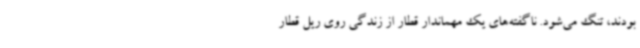
بودند، تنگ می‌شود. ناگفته‌های یک مهماندار قطار از زندگی روی‌ ریل قطار